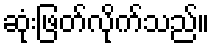
ဆုံးဖြတ်လိုက်သည်။